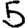
Digit: 5